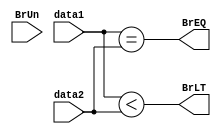
module BranchCmp(
    input [31:0] data1,
    input [31:0] data2,
    input BrUn,
    output reg BrLT,
    output reg BrEQ,
);
    assign BrLT = (data1 < data2);
    assign BrEQ = (data1 == data2);
    // always @(BrUn) begin
    //     if (BrUn) begin
    //         BrLT = (data1 < data2);
    //         BrEQ = (data1 == data2);
    //     end
    // end
endmodule